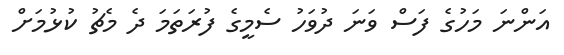
އަންނަ މަހުގެ ފަސް ވަނަ ދުވަހު ސެމީގެ ފުރަތަމަ ދެ މެޗު ކުޅުމަށް